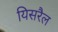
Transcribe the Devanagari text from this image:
यिसरैल